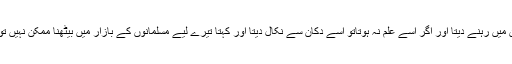
اگر وہ صحیح جواب دیتاتو اس کو دکان میں رہنے دیتا اور اگر اسے علم نہ ہوتاتو اسے دکان سے نکال دیتا اور کہتا تیرے لیے مسلمانوں کے بازار میں بیٹھنا ممکن نہیں تو لوگوں کو سود اور ناجائز کھلائے گا۔